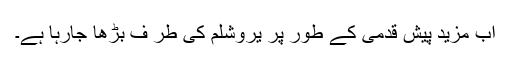
اب مزید پیش قدمی کے طور پر یروشلم کی طر ف بڑھا جارہا ہے۔